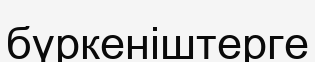
бүркеніштерге